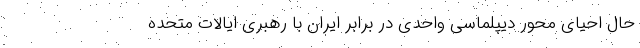
حال احیای محور دیپلماسی واحدی در برابر ایران با رهبری ایالات متحده